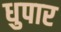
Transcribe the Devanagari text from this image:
धुपार